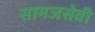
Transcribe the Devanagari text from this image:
सामजसेवी